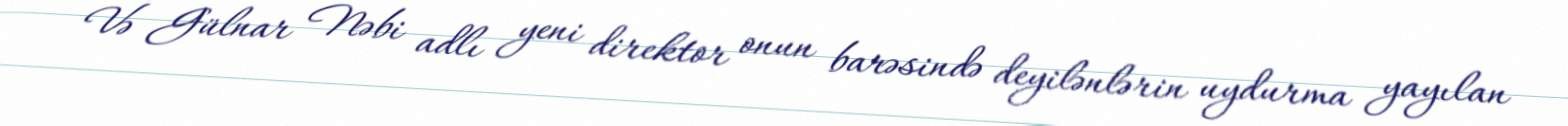
Və Gülnar Nəbi adlı yeni direktor onun barəsində deyilənlərin uydurma yayılan